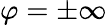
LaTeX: \varphi=\pm\infty